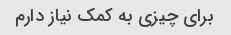
برای چیزی به کمک نیاز دارم